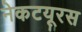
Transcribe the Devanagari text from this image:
नेकटयूरस